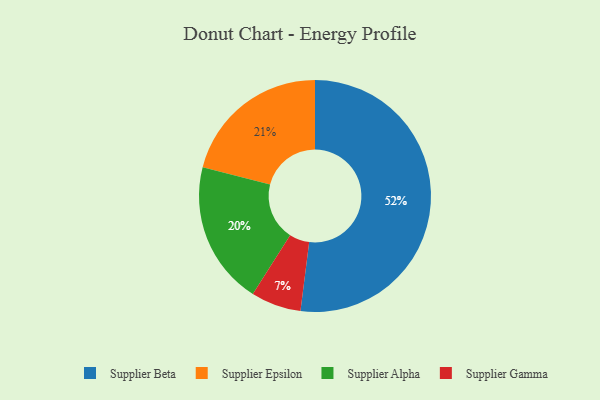
{"axis": {"x": "Category", "y": "Percentage"}, "legend": ["Supplier Alpha", "Supplier Beta", "Supplier Epsilon", "Supplier Gamma"], "data": [{"x": "Supplier Beta", "y": 52, "type": "Supplier Beta"}, {"x": "Supplier Alpha", "y": 20, "type": "Supplier Alpha"}, {"x": "Supplier Gamma", "y": 7, "type": "Supplier Gamma"}, {"x": "Supplier Epsilon", "y": 21, "type": "Supplier Epsilon"}]}